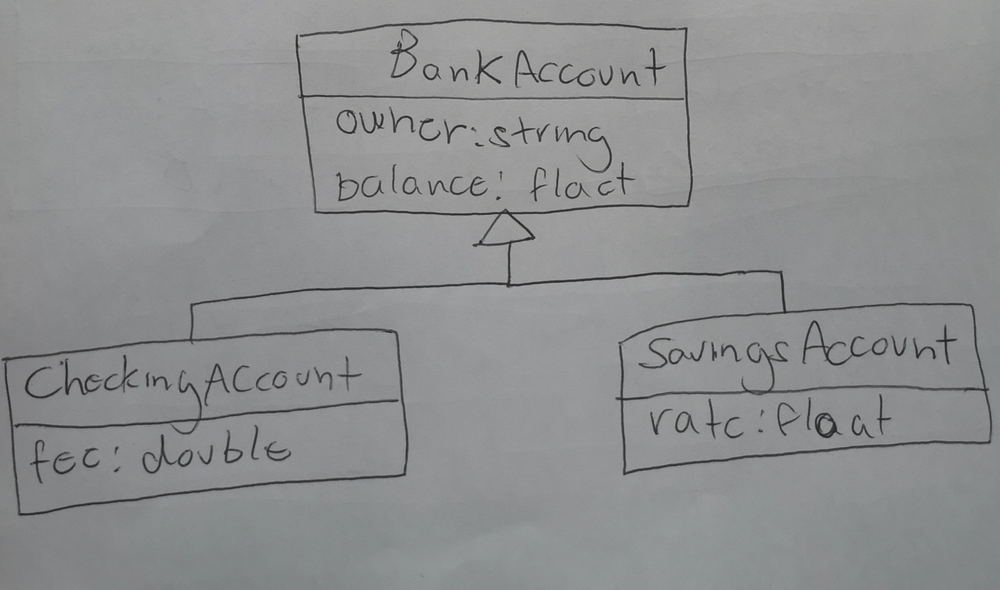
Diagram type: class_diagram
```plantuml
@startuml

class BankAccount {
  - author: string
  - balance: float
}

class CheckingAccount extends BankAccount {
  - fec: double
}

class SavingsAccount extends BankAccount {
  - rate: float
}

@enduml
```